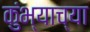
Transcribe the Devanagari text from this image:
कुंभ्याच्या